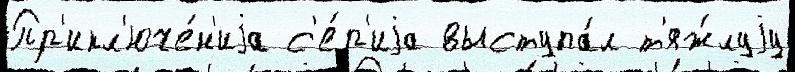
Пр'икл'юче́н'иjа с'е́р'иjа выступа́л т'яж́луjу